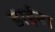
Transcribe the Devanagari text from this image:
डाईना